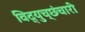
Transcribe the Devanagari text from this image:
विद्युच्छंचारी